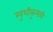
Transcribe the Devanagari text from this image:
खुशीकुमारी